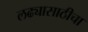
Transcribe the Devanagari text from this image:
लढ्यासाठीचा